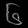
Digit: ၆